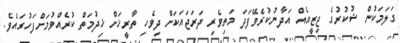
ގަލަމަކުން ޝުކުރުގެ ޖިޒީއެއް އަދާނުކުރެވޭފަދަ މަތިވެރި ދަރަޖައަކަށް ދިވެހި ތާރީޚަށް ޚިދުމަތް ކުރެއްވުމަށްފަހުގައެވެ.